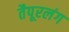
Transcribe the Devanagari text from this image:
तैपूरलंग